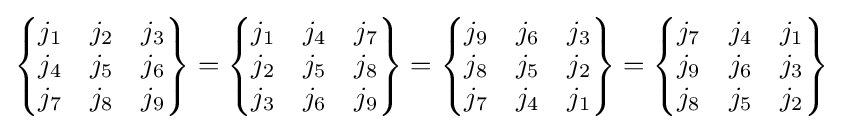
{\begin{Bmatrix}j_{1}&j_{2}&j_{3}\\j_{4}&j_{5}&j_{6}\\j_{7}&j_{8}&j_{9}\end{Bmatrix}}={\begin{Bmatrix}j_{1}&j_{4}&j_{7}\\j_{2}&j_{5}&j_{8}\\j_{3}&j_{6}&j_{9}\end{Bmatrix}}={\begin{Bmatrix}j_{9}&j_{6}&j_{3}\\j_{8}&j_{5}&j_{2}\\j_{7}&j_{4}&j_{1}\end{Bmatrix}}={\begin{Bmatrix}j_{7}&j_{4}&j_{1}\\j_{9}&j_{6}&j_{3}\\j_{8}&j_{5}&j_{2}\end{Bmatrix}}